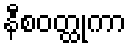
နီစဝတ္ထုကာ